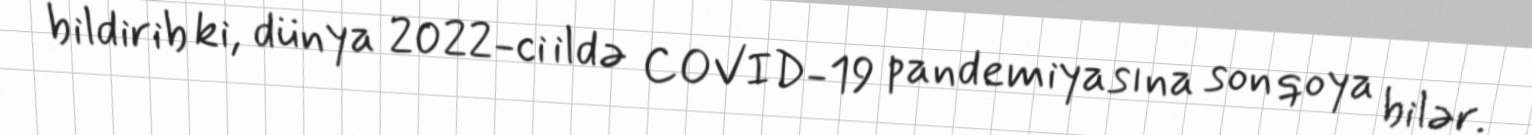
bildirib ki, dünya 2022-ci ildə COVID-19 pandemiyasına son qoya bilər.